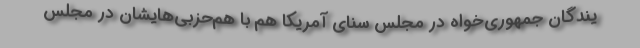
یندگان جمهوری‌خواه در مجلس سنای آمریکا هم با هم‌حزبی‌هایشان در مجلس